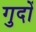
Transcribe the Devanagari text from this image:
गुदों